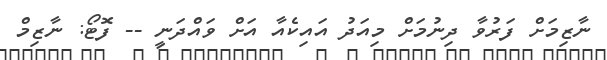
ނާޒިމަށް ފަރުވާ ދިނުމަށް މިއަދު އައިކެއާ އަށް ވައްދަނީ -- ފޮޓޯ: ނާޒިމް